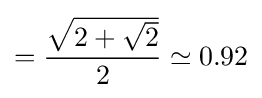
={\frac {\sqrt {2+{\sqrt {2}}}}{2}}\simeq 0.92